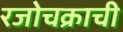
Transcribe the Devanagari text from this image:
रजोचक्राची